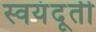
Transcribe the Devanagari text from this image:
स्वयंदूती